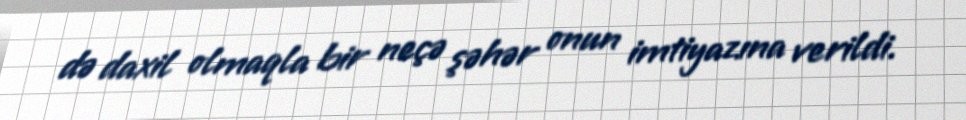
də daxil olmaqla bir neçə şəhər onun imtiyazına verildi.